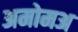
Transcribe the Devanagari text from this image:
अमोमअ